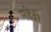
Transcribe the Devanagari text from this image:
महेंद्री